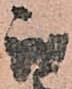
我